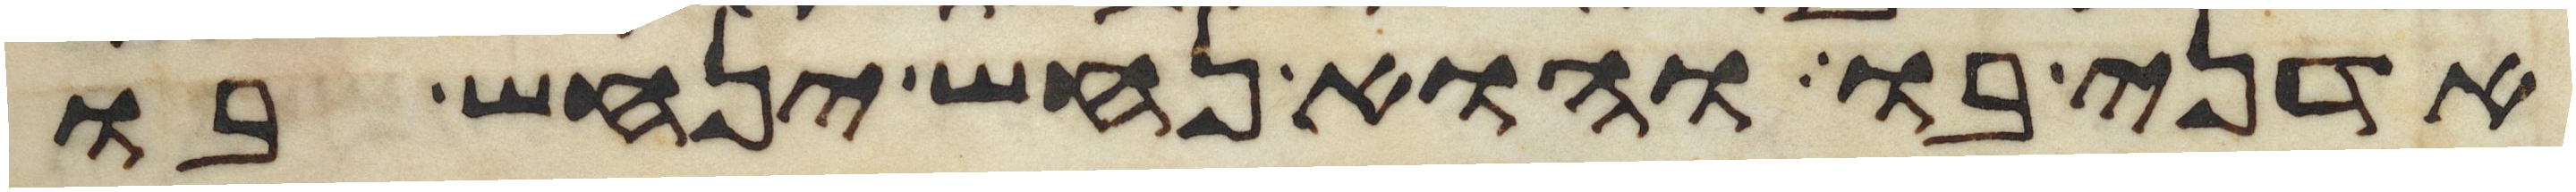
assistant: אדני בו והוא נחש ינחש בו